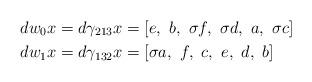
LaTeX: \begin{align*}d w_0 x&= d \gamma_{213} x = [e,\ b,\ \sigma f,\ \sigma d, \ a,\ \sigma c]\\d w_1 x&= d \gamma_{132} x = [\sigma a,\ f,\ c,\ e, \ d,\ b]\end{align*}